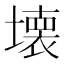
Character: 壊